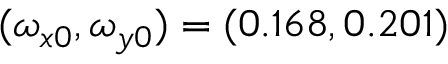
( \omega _ { x 0 } , \omega _ { y 0 } ) = ( 0 . 1 6 8 , 0 . 2 0 1 )